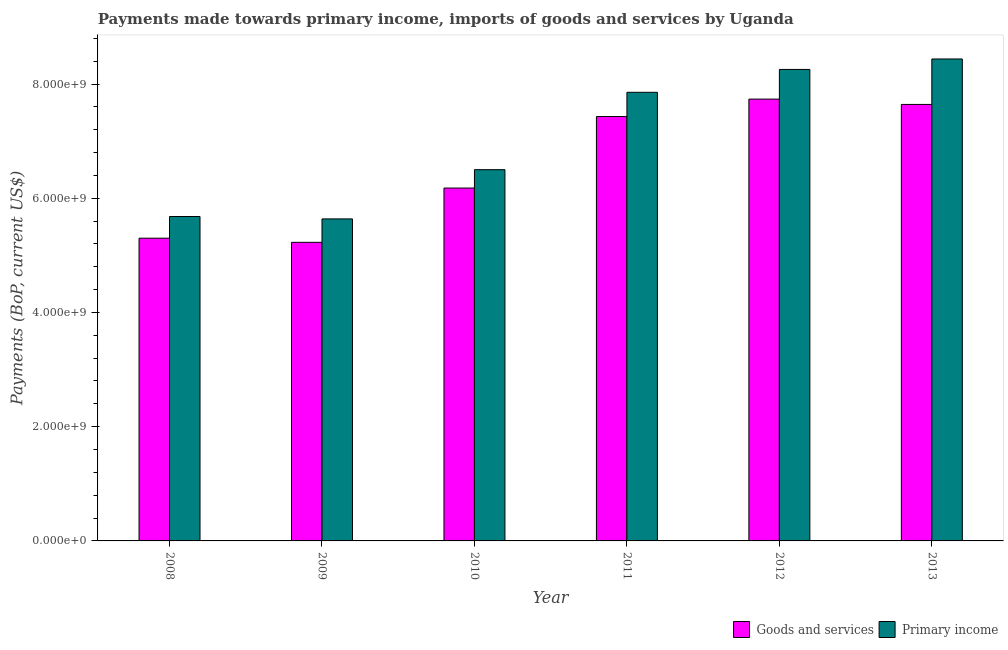
| Year | Goods and services | Primary income |
 | --- | --- | --- |
 | 2008 | 5.3e+09 | 5.68e+09 |
 | 2009 | 5.23e+09 | 5.64e+09 |
 | 2010 | 6.18e+09 | 6.5e+09 |
 | 2011 | 7.43e+09 | 7.85e+09 |
 | 2012 | 7.74e+09 | 8.25e+09 |
 | 2013 | 7.64e+09 | 8.44e+09 |